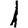
Digit: 1